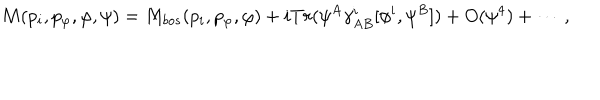
M ( p _ { i } , p _ { \varphi } , \varphi , \psi ) = M _ { b o s } ( p _ { i } , p _ { \varphi } , \varphi ) + i T r ( \psi ^ { A } \gamma _ { A B } ^ { i } [ \phi ^ { i } , \psi ^ { B } ] ) + O ( \psi ^ { 4 } ) + \cdots \, ,